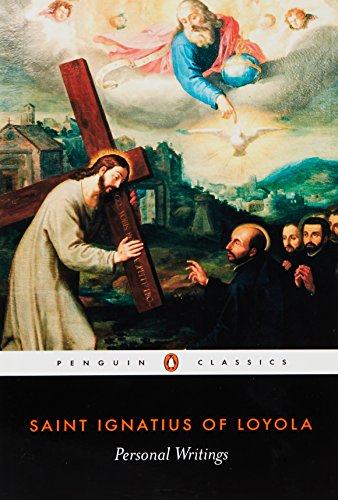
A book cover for Personal Writings (Penguin Classics); Ignatius of Loyola; Christian Books & Bibles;